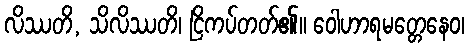
လိဿတိ, သိလိဿတိ၊ ငြိကပ်တတ်၏။ ဝေါဟာရမတ္တေနေဝ၊